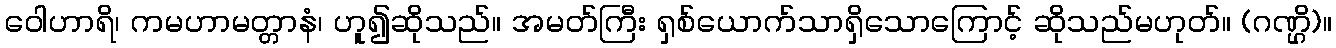
ဝေါဟာရိ၊ ကမဟာမတ္တာနံ၊ ဟူ၍ဆိုသည်။ အမတ်ကြီး ရှစ်ယောက်သာရှိသောကြောင့် ဆိုသည်မဟုတ်။ (ဂဏ္ဌိ)။